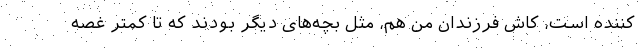
کننده است، کاش فرزندان من هم، مثل بچه‌های دیگر بودند که تا کمتر غصه